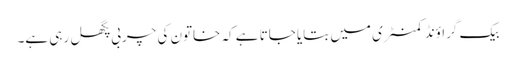
بیک گراؤنڈ کمنٹری میں بتایا جاتا ہے کہ خاتون کی چربی پگھل رہی ہے۔